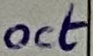
Text: oct